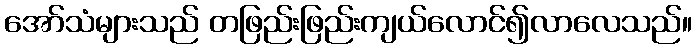
အော်သံများသည် တဖြည်းဖြည်းကျယ်လောင်၍လာလေသည်။